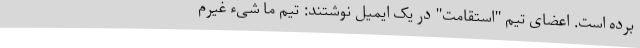
برده است. اعضای تیم "استقامت" در یک ایمیل نوشتند: تیم ما شیء غیرم